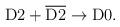
LaTeX: \begin{align*}{\rm D}2 + \overline{{\rm D}2} \rightarrow {\rm D}0.\end{align*}